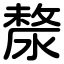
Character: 漦